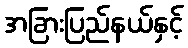
အခြားပြည်နယ်နှင့်